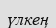
үлкең